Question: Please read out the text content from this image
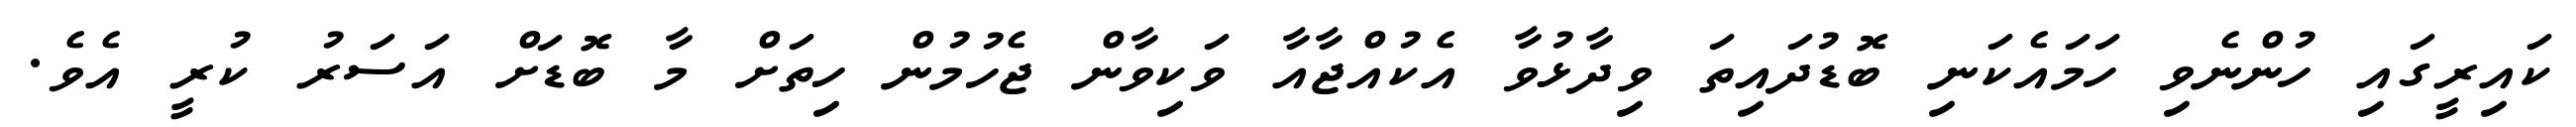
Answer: ކައިރީގައި ހުންނެވި ހަމައެކަނި ބޮޑުދައިތަ ވިދާޅުވާ އެކުއްޖާއާ ވަކިވާން ޖެހުމުން ހިތަށް މާ ބޮޑަށް އަސަރު ކުރީ އެވެ.